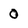
Character: 0